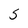
Character: 5